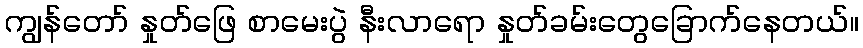
ကျွန်တော် နှုတ်ဖြေ စာမေးပွဲ နီးလာရော နှုတ်ခမ်းတွေခြောက်နေတယ်။